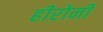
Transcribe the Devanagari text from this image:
हीरोनी